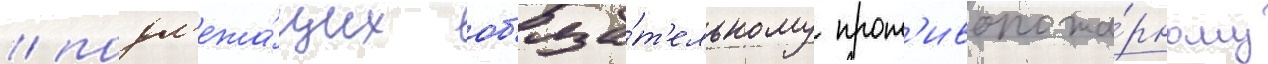
/ подл'ежа́щих об'яза́т'ельному прот'ивопожа́рному